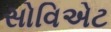
સોવિએટ